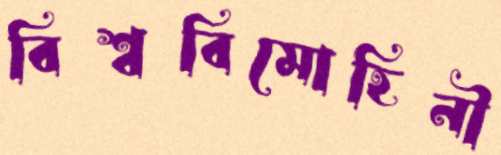
বিশ্ববিমোহিনী